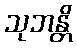
သုဘန္တိ